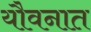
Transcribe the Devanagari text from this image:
यौवनात